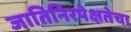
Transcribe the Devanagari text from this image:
जातिनिरपेक्षतेचा